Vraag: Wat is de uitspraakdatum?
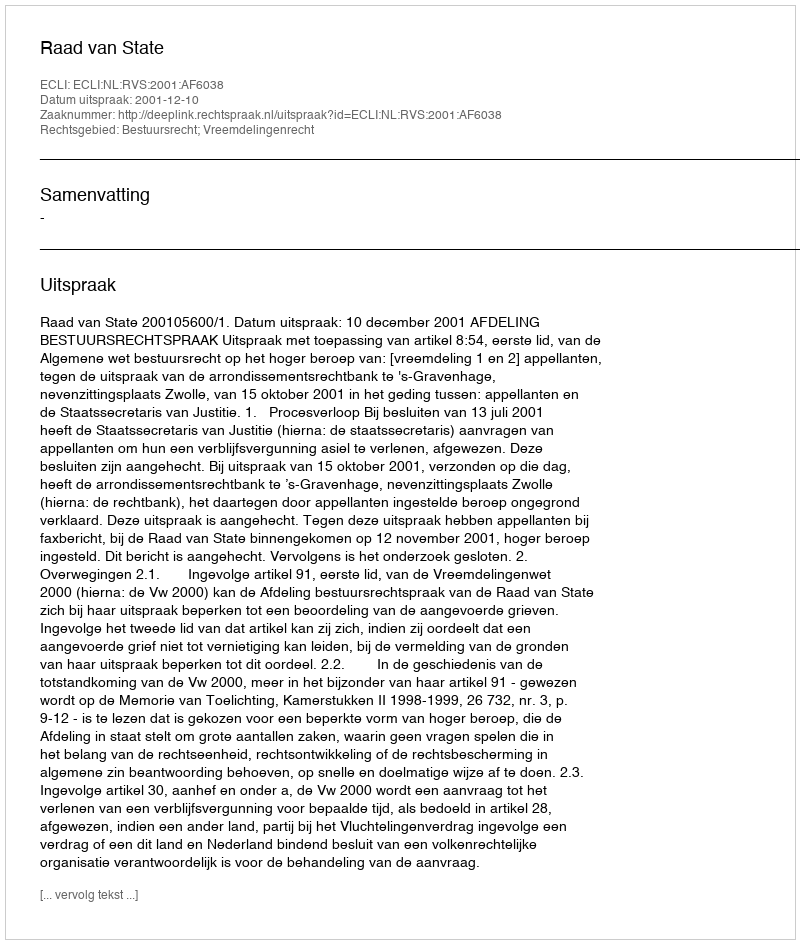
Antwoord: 2001-12-10